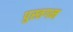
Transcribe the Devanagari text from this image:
पुस्तगम